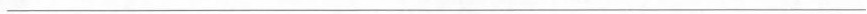
___